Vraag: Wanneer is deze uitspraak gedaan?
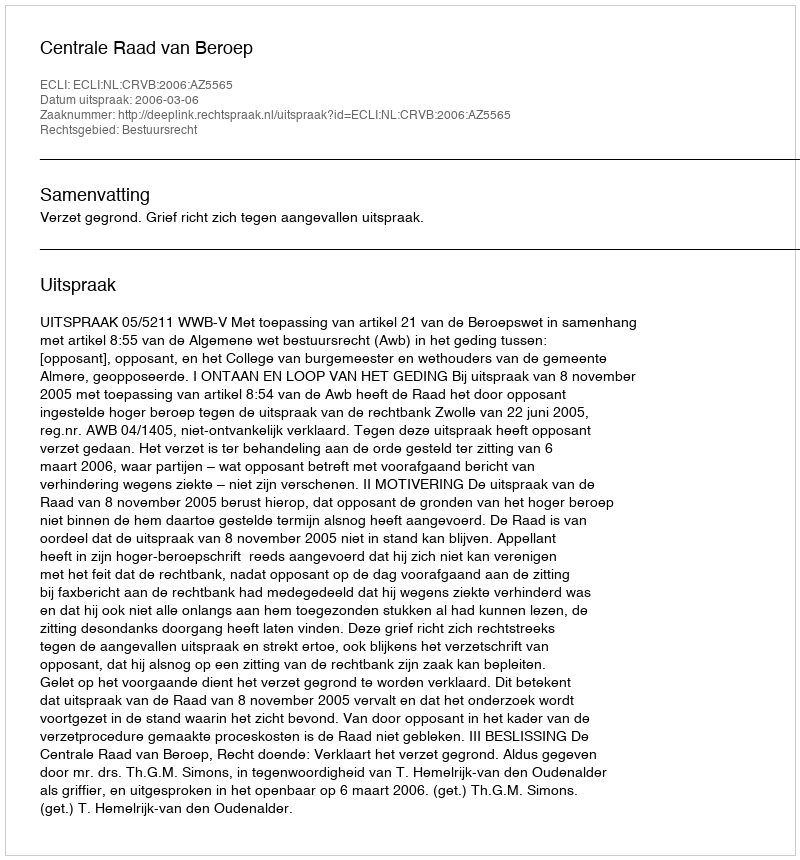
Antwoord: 2006-03-06